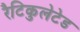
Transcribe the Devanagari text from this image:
रैटिकुलेटेड